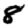
Digit: 8